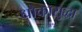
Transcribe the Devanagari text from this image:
धोकासुद्धा